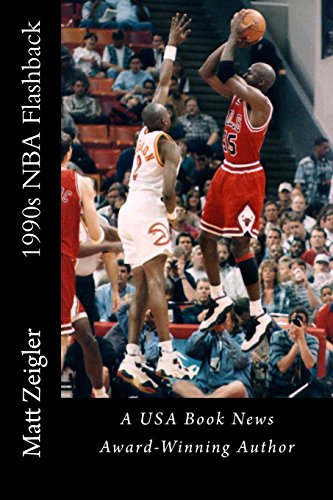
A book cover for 1990s NBA Flashback; Matt Zeigler; Teen & Young Adult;